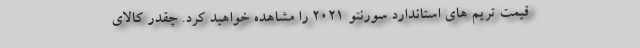
قیمت تریم های استاندارد سورنتو 2021 را مشاهده خواهید کرد. چقدر کالای